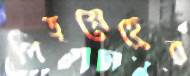
পিতৃস্নেহের